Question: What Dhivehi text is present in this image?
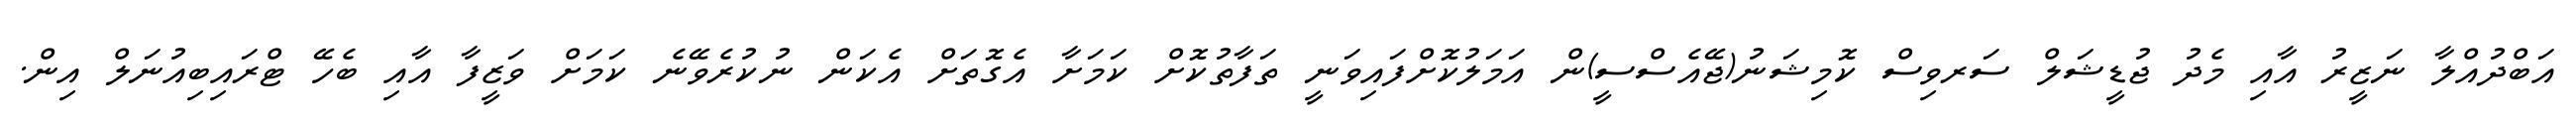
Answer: އަބްދުއްލާ ނަޒީރު އާއި މެދު ޖުޑީޝަލް ސަރވިސް ކޮމިޝަނު(ޖޭއެސްސީ)ން އަމަލުކޮށްފައިވަނީ ތަފާތުކޮށް ކަމަށާ އެގޮތަށް އެކަން ނުކުރެވޭނެ ކަމަށް ވަޒީފާ އާއި ބެހޭ ޓްރައިބިއުނަލް އިން.